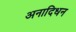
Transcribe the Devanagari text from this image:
अनादिधन